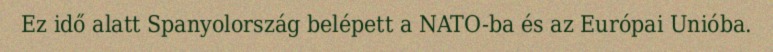
Ez idő alatt Spanyolország belépett a NATO-ba és az Európai Unióba.